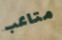
متاعب